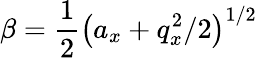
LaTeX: \beta=\frac{1}{2}\left(a_{x}+q_{x}^{2}/2\right)^{1/2}